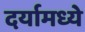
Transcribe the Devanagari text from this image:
दर्यामध्ये